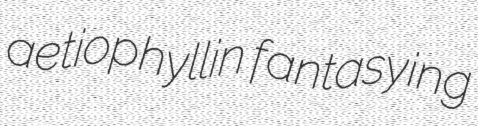
aetiophyllin fantasying